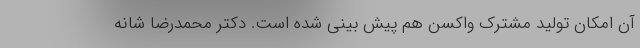
آن امکان تولید مشترک واکسن هم پیش بینی شده است. دکتر محمدرضا شانه